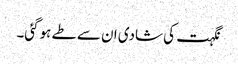
نگہت کی شادی ان سے طے ہوگئی۔